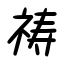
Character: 祷